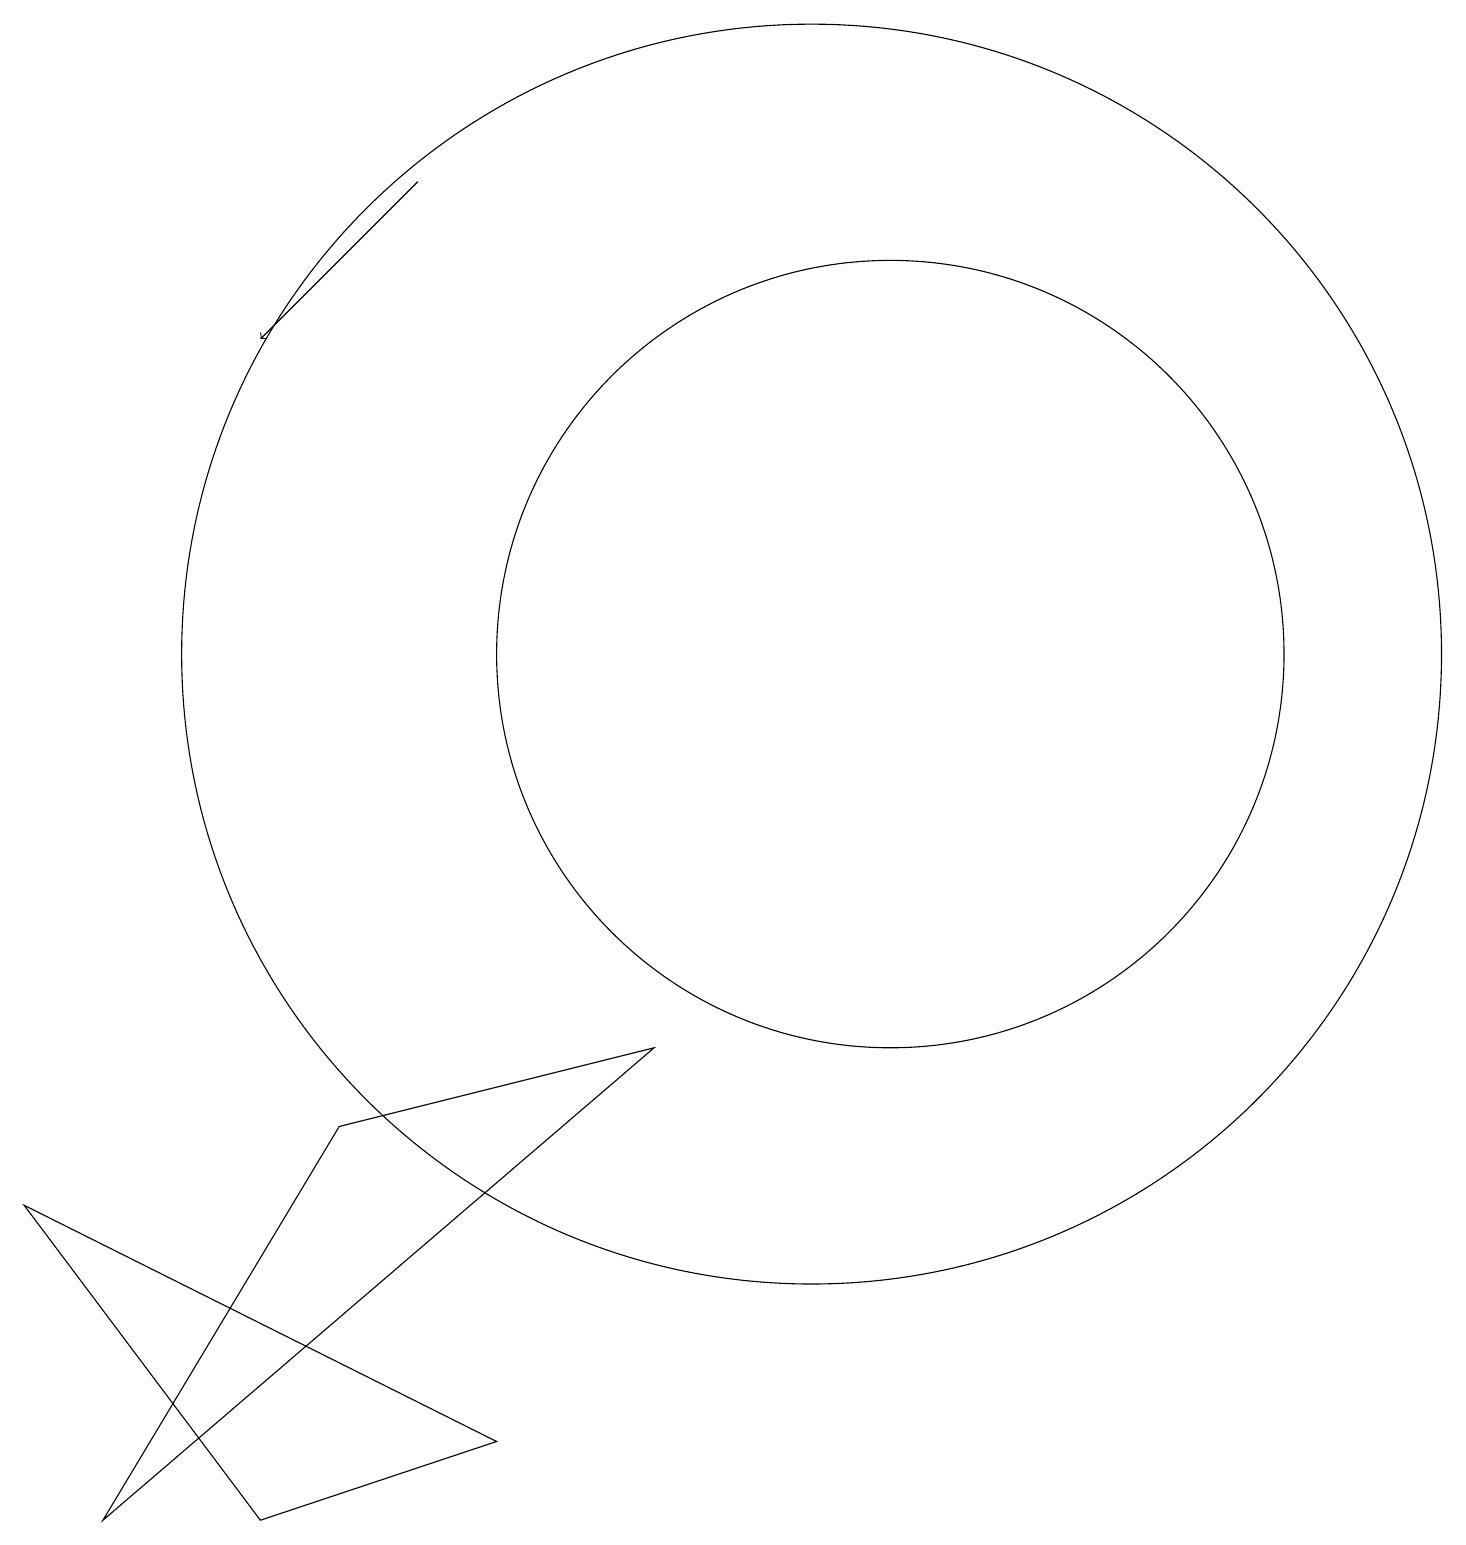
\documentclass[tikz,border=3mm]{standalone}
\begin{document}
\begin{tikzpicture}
\draw (12,12) circle (5);
\draw (1,5) -- (7,2) -- (4,1) -- cycle;
\draw (9,7) -- (2,1) -- (5,6) -- cycle;
\draw (11,12) circle (8);
\draw[->] (6,18) -- (4,16);
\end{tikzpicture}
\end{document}